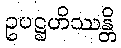
ဥပဋ္ဌဟိဿန္တိ